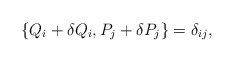
\begin{align*}\{Q_i+\delta Q_i ,P_j+\delta P_j\}=\delta_{ij},\end{align*}